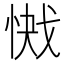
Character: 𭝞